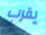
يقرب